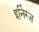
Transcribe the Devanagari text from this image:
इनिंग्ज